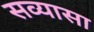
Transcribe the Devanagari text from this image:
सव्यासा